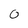
Character: 0